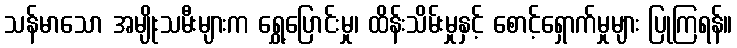
သန်မာသော အမျိုးသမီးများက ရွှေ့ပြောင်းမှု၊ ထိန်းသိမ်းမှုနှင့် စောင့်ရှောက်မှုများ ပြုကြရန်။